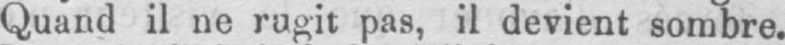
Quand il ne rugit pas, il devient sombre.